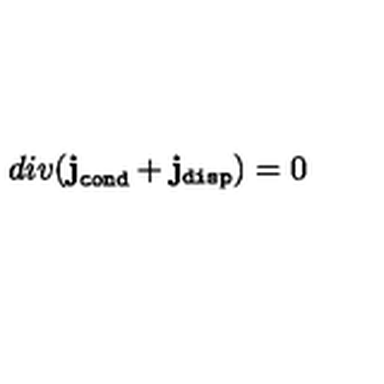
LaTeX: d i v ( { \bf j } _ { \tt c o n d } + { \bf j } _ { \tt d i s p } ) = 0